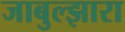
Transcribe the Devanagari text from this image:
जाबुल्झारा